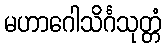
မဟာဂေါသိင်္ဂသုတ္တံ